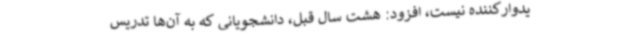
یدوارکننده نیست، افزود: هشت سال قبل، دانشجویانی که به آن‌ها تدریس